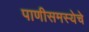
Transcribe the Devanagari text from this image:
पाणीसमस्येचे